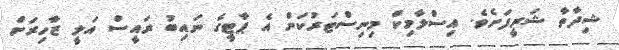
ޝިދާތާ ޝަރީފަށެވެ. އިސްލާމިކް މިނިސްޓަރުކަން އެ ޕާޓީގެ ނައިބު ރައީސް އަލީ ޒާހިރަށް